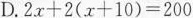
D. $$2 x + 2 ( x + 1 0 ) = 2 0 0$$